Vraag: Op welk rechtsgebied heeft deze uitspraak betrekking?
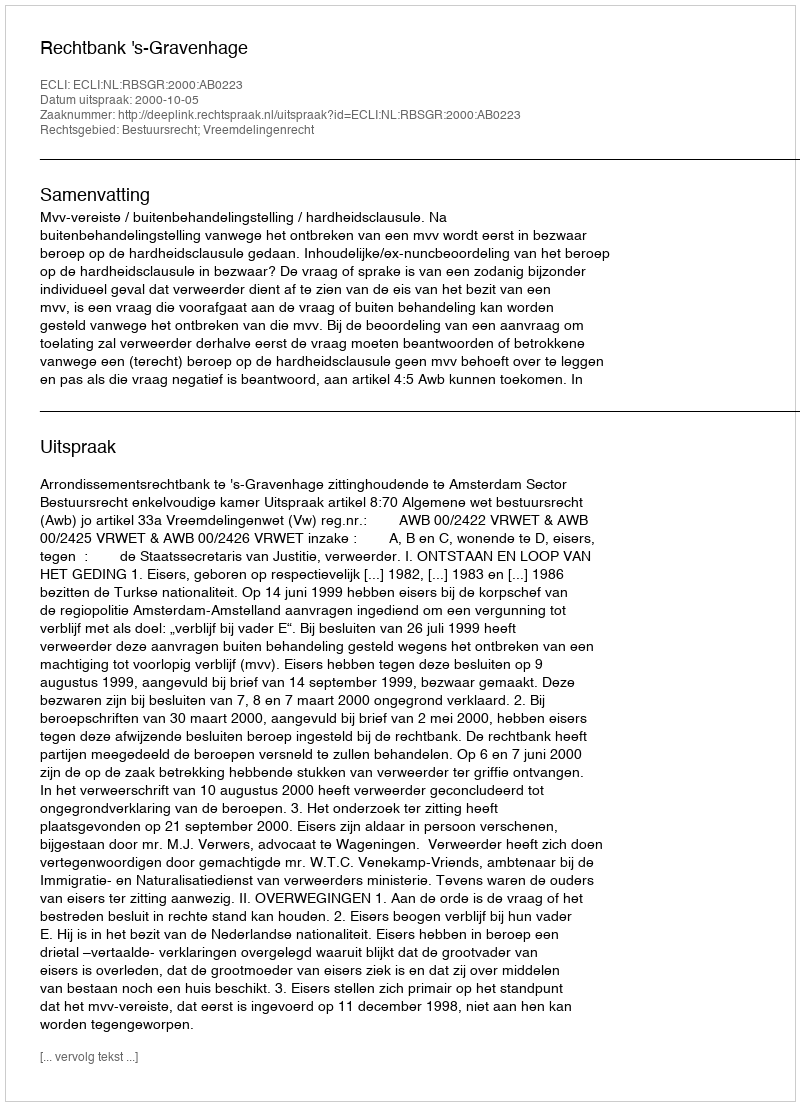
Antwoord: Bestuursrecht; Vreemdelingenrecht